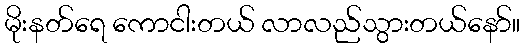
မိုးနတ်ရေ ကောငါးတယ် လာလည်သွားတယ်နော်။